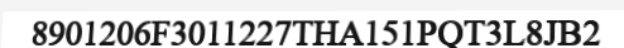
8901206F3011227THA151PQT3L8JB2